Vaccine operations Central Provinces 1868-1885 - 1868-1885
Year: 1868
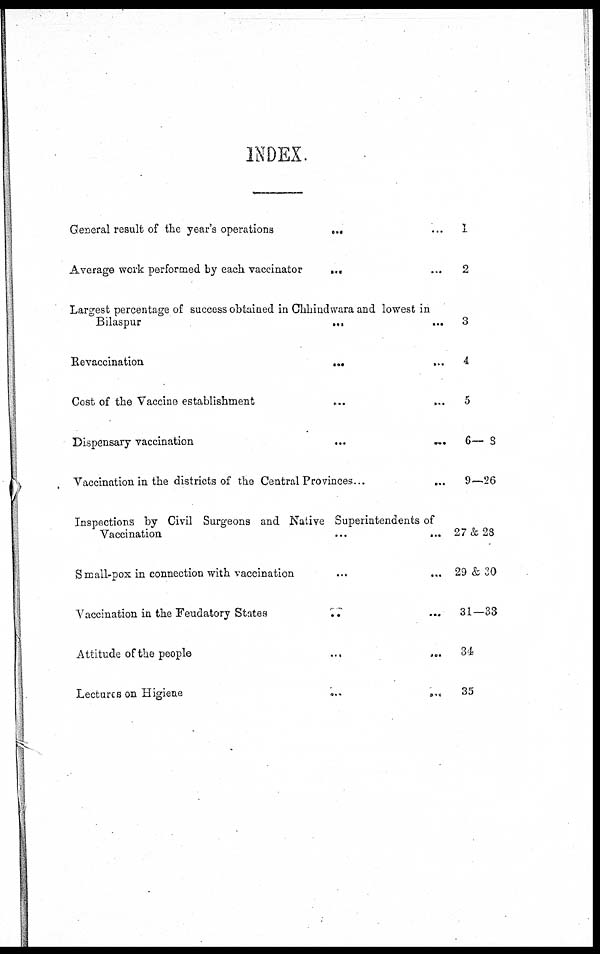
INDEX.
General result of the year's operations
... ...
Average work performed by each vaccinator
... ...
Largest percentage of success obtained in Chhindwara and lowest in
Bilaspur ... ...
Re vaccination
... ...
Cost of the Vaccine establishment
...
...
Dispensary vaccination
...
...
Vaccination in the districts of the Central Provinces...
Inspections by Civil Surgeons and Native Superintendents of
Vaccination ... ...
Small-pox in connection with vaccination ... ...
Vaccination in the Feudatory States
... ...
Attitude of the people ... ...
Lectures on Higiene
...
...
1
2
3
4
5
6— 8
9—26
27&28
29 & 30
31—33
4
35